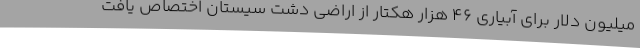
میلیون دلار برای آبیاری ۴۶ هزار هکتار از اراضی دشت سیستان اختصاص یافت